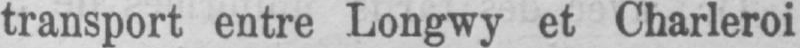
transport entre Longwy et Charleroi